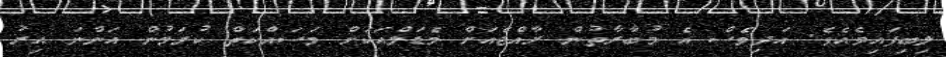
ލިބިފައިވެއެވެ. އަދިވެސް އެ މުބާރާތުން ރާއްޖެއަށް މެޑަލްއަކަށް މަސައްކަތް ކުރަމުން އަންނަ އިރު